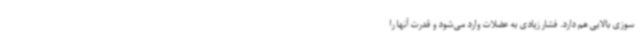
سوزی بالایی هم دارد. فشار زیادی به عضلات وارد می‌شود و قدرت آنها را